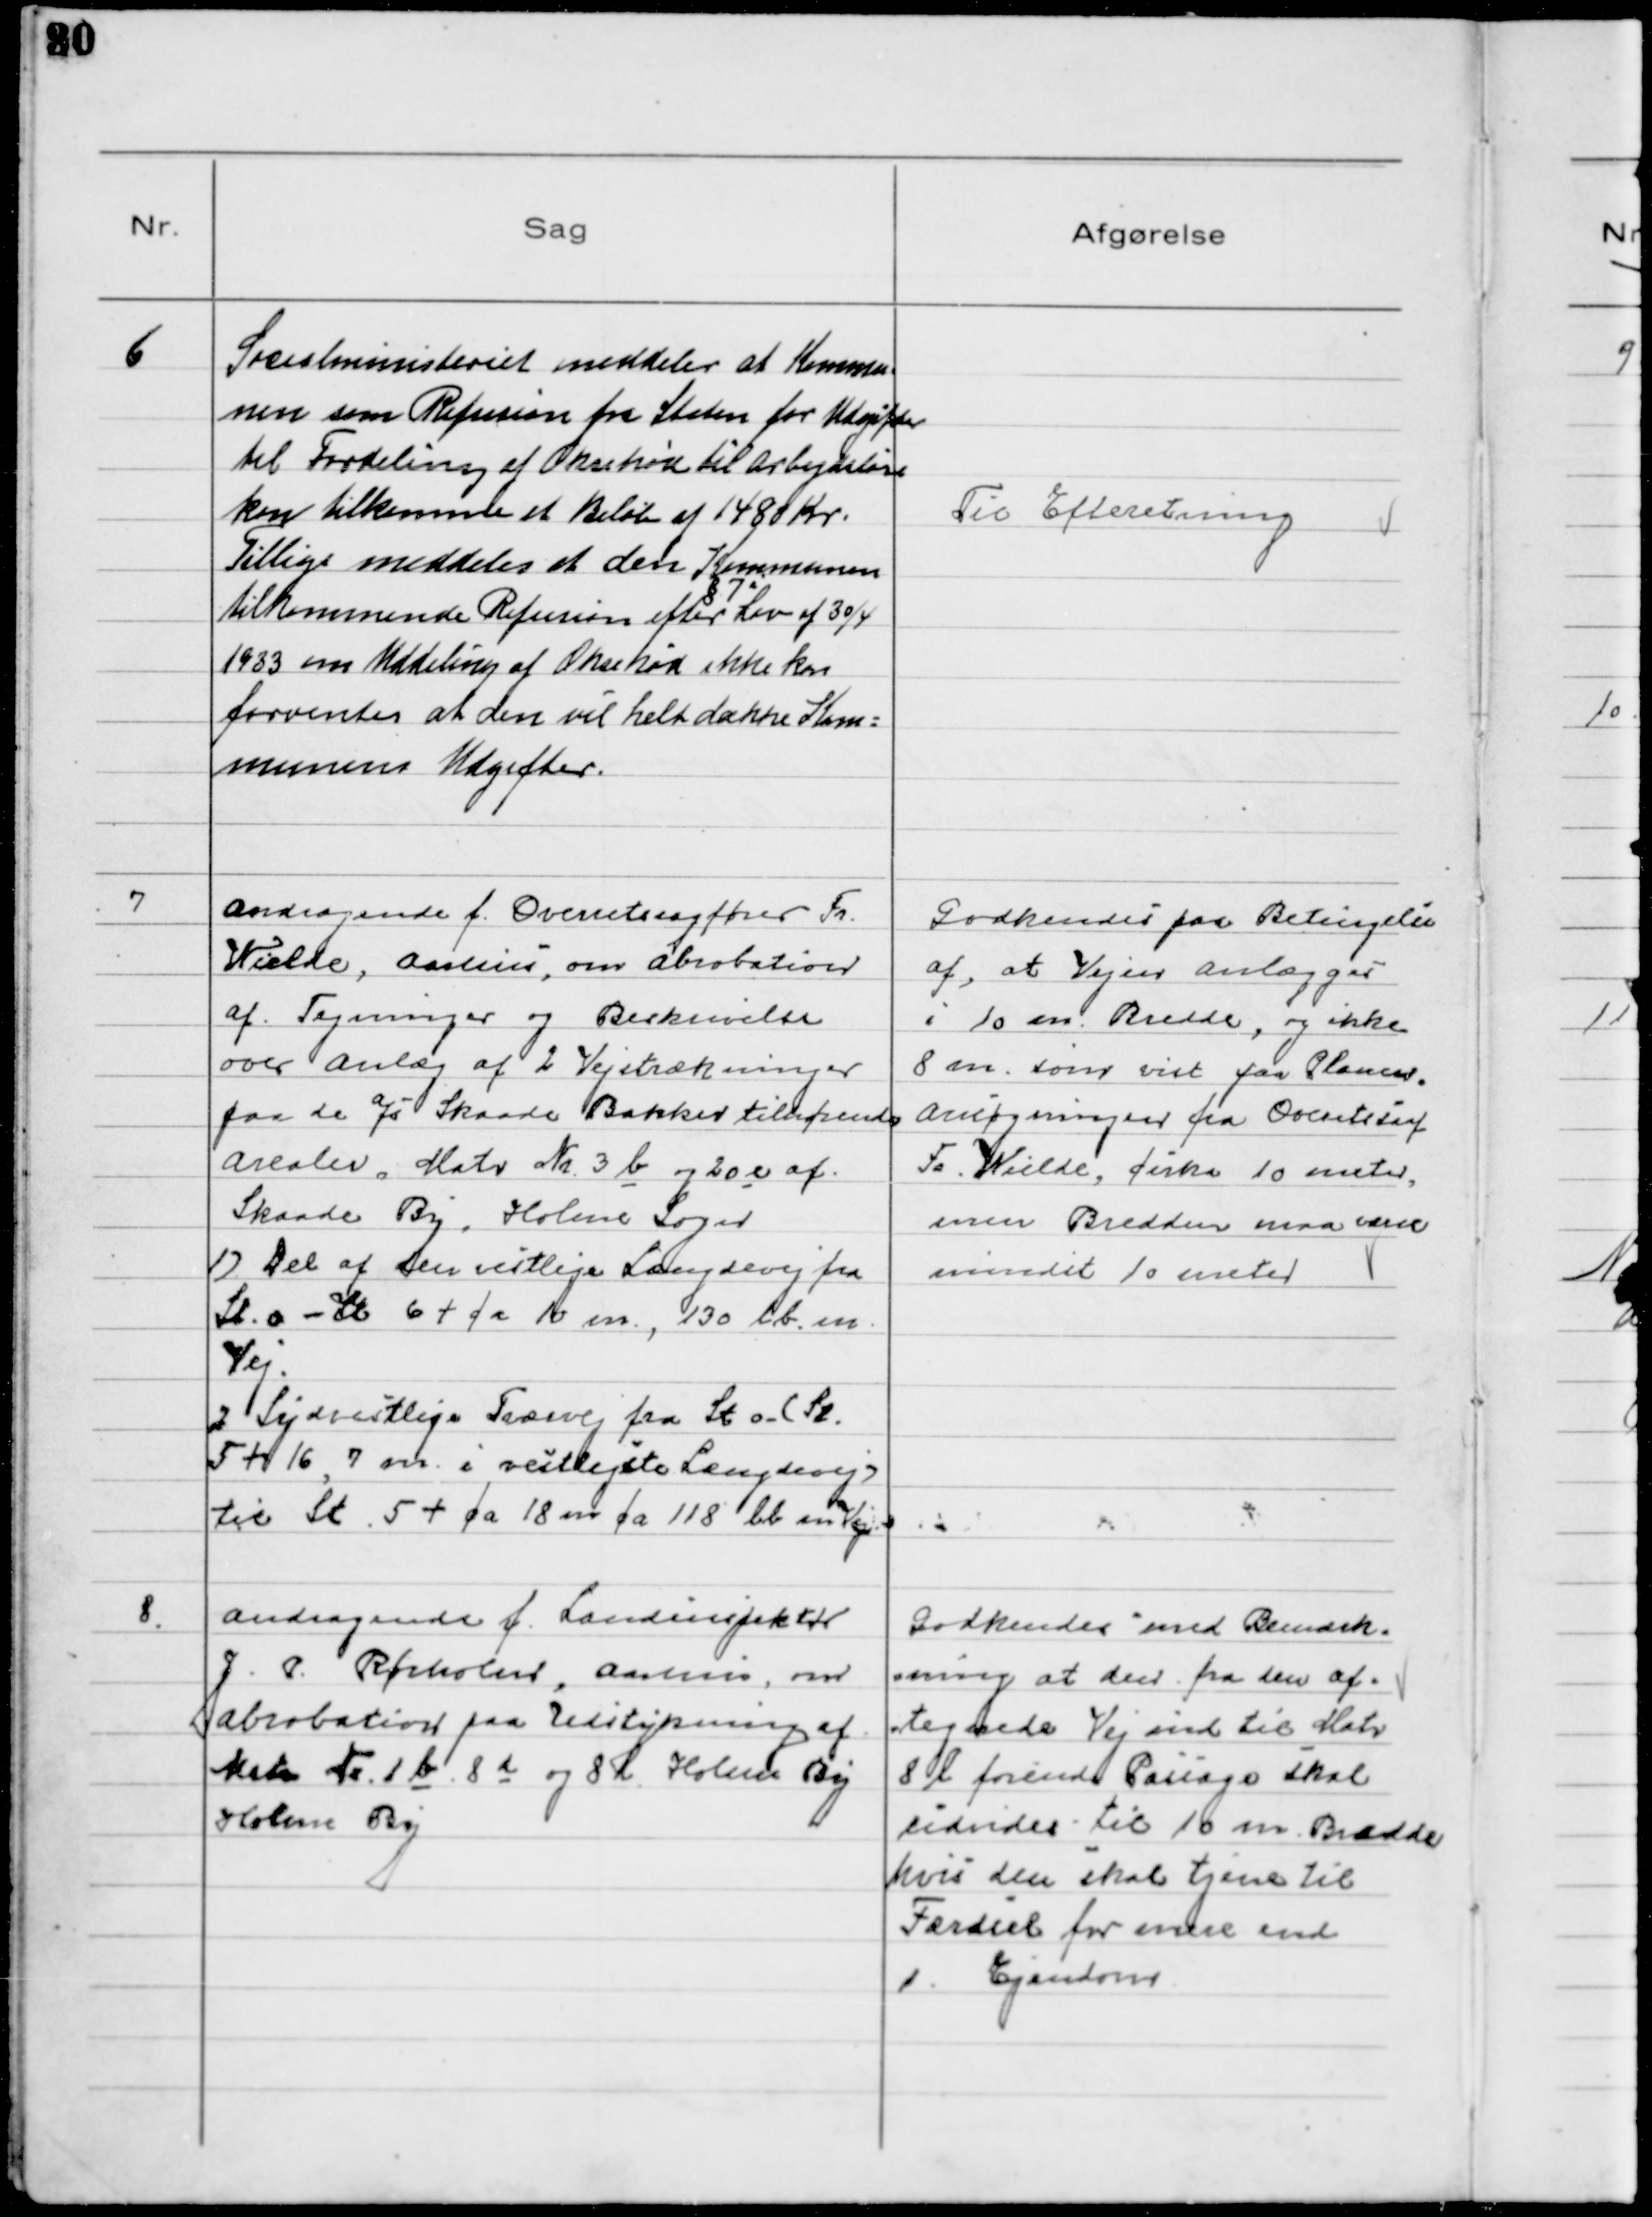
Transskription:
6
Socialministeriet meddeler at Kommu
nen som Refusion fra Staten for Udgifter
til Fordeling af Oksekød til Arbejdsløse
kan tilkomme et Beløb af 1480 Kr.
Tillige meddeles at den Kommunen
tilkommende Refusion efter Lov af 30/4
§ 7
1933 om Uddeling af Oksekød ikke kan
forventes at den vil helt dække Kom-
munens Udgifter.

Til Efteretning

7
Andragende f. Overretssagfører Fr.
Wielde, Aarhus, om Abrobation
af Tegninger og Beskrivelse
over Anlæg af 2 Vejstrækninger
paa de a/s Skaade Bakker tilhørende
Arealer. Matr Nr. 3 b og 20 e af
Skaade By, Holme Sogn
1) Del af den vestlige Landevej fra
St. o - St 6 + f a 10 m, 130 lb. m.
Vej
2 Sydvestlige Tværvej fra St o - (St.
5 + 16, 7 m i vestligste Længdevej)
til St. 5 + ca 18 m ca 118 lb m Vej.

Godkendes paa Betingelse
af, at Vejen anlægges
i 10 m. Bredde, og ikke
8 m. som vist paa Planen.
Ansøgningen fra Overetssaf
Fr. Wielde, cirka 10 meter,
men Bredden maa være
mindst 10 meter

8.
Andragende f. Landinspektør
J. P. Rørholm, Aarhus, om
Abrobation paa Udstykning af
Matr Nr. 1 b og 8 d og 8 l Holme By
Holme By

Godkendes med Bemærk-
ning at der fra den af
tegnede Vej ind til Matr
8 l førende Passage skal
udvides til 10 m Bredde
hvis den skal tjene til
Færdsel for mere end
1 Ejendom